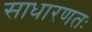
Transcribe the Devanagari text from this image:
साधारणतः